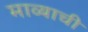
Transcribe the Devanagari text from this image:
माव्याची